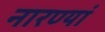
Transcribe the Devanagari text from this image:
नारण्यां